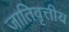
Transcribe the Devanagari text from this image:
जातिवृत्तीय